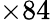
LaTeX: \times 84